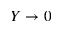
Y \to 0